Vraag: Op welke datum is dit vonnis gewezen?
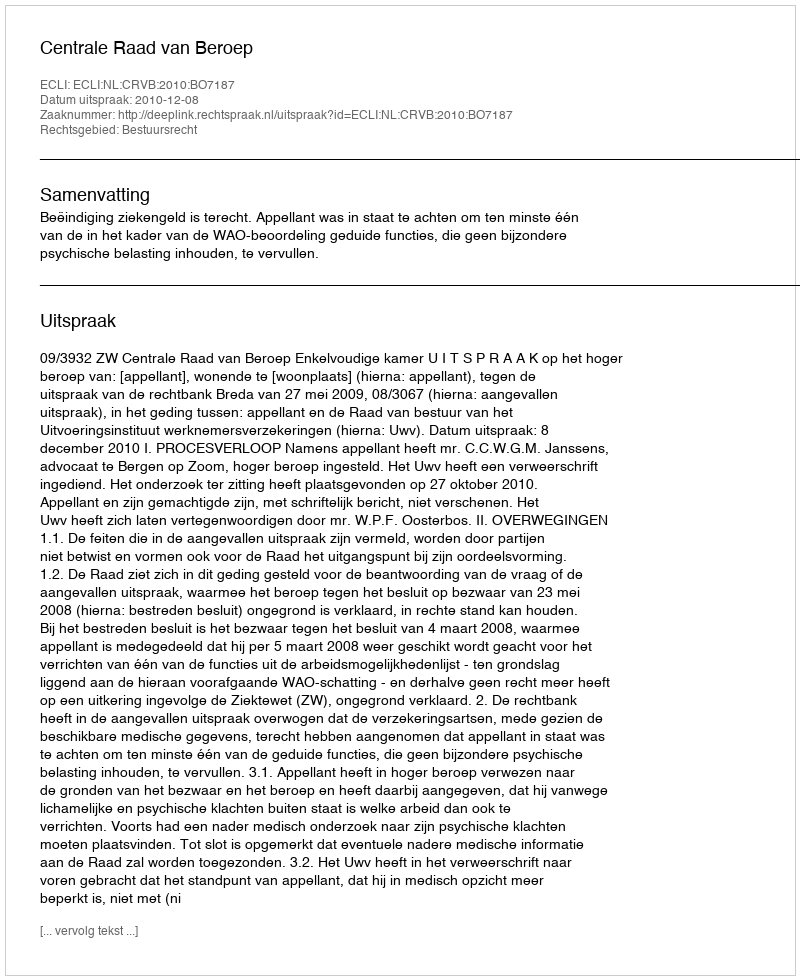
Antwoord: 2010-12-08